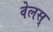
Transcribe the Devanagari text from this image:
वेलस्